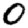
Digit: 0